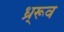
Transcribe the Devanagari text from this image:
ध्र्रूव